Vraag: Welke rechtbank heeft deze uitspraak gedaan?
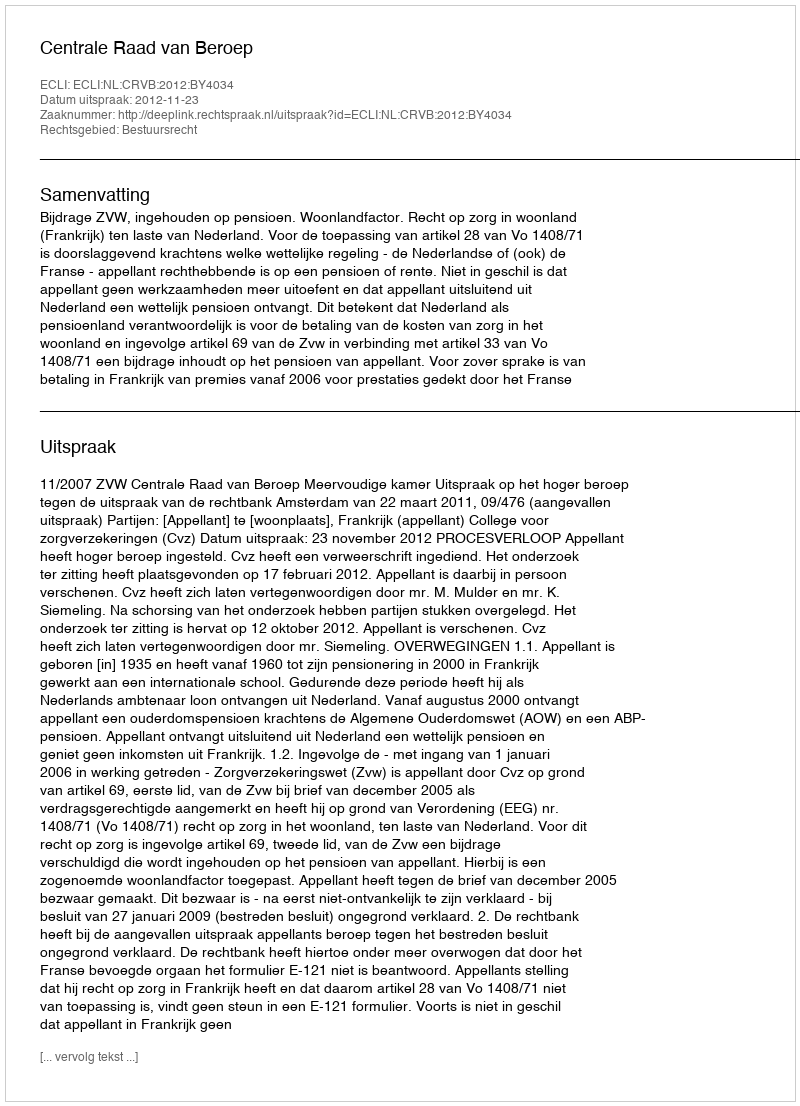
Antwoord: Centrale Raad van Beroep